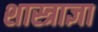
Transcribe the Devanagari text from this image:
शास्त्राज्ञा